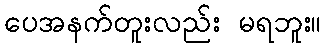
ပေအနက်တူးလည်း မရဘူး။